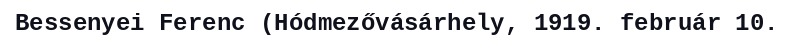
Bessenyei Ferenc (Hódmezővásárhely, 1919. február 10.